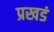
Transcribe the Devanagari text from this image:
प्रखडं